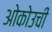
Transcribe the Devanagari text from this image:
ओकोउची